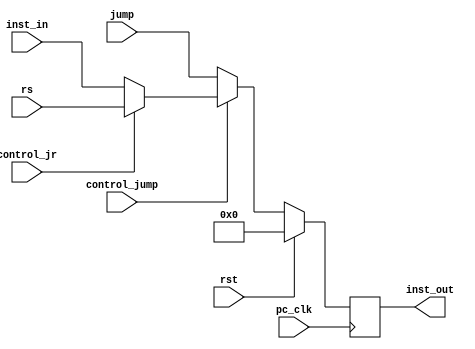
`timescale 1ns / 1ps
//////////////////////////////////////////////////////////////////////////////////
// Company: 
// Engineer: 
// 
// Design Name: 
// Module Name: pc
// Project Name: 
// Target Devices: 
// Tool Versions: 
// Description: 
// 
// Dependencies: 
// 
// Revision:
// Revision 0.01 - File Created
// Additional Comments:
// 
//////////////////////////////////////////////////////////////////////////////////


module pc(
    input pc_clk,
    input rst,
    input [31:0] inst_in,
    input [31:0] jump,
    input control_jump,
    input [31:0] rs,
    input control_jr,

    output reg [31:0] inst_out
    // 
    );

    //rst
    // always@(posedge pc_clk,posedge rst)
    always@(posedge pc_clk)
    begin
        if(rst)
            inst_out <= 32'b0;
        else if(~control_jump)begin
            inst_out <= jump; 
        end
        else if(control_jr)begin
            inst_out <= rs;
        end
        else
            inst_out <= inst_in; 
    end
endmodule